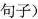
句子)